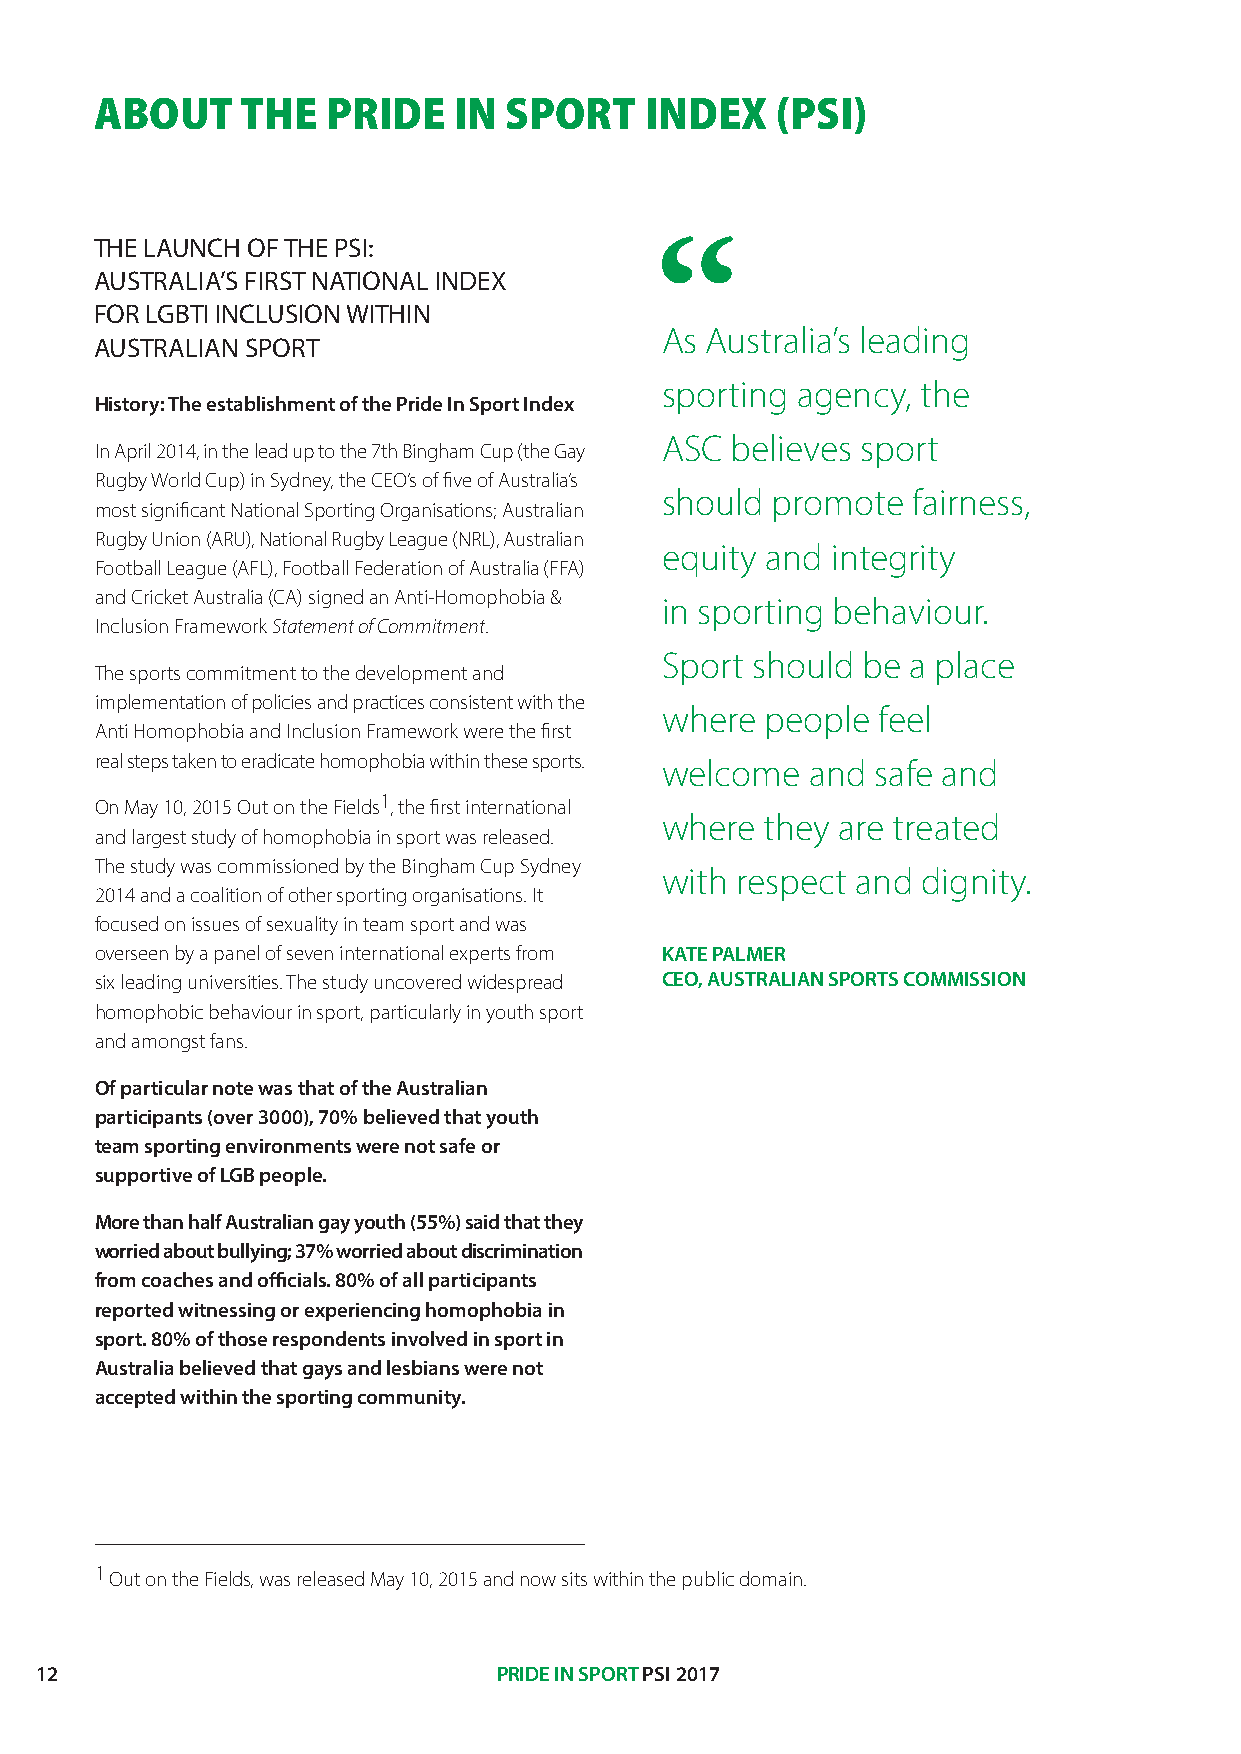
ABOUT     THE   PRIDE   IN SPORT     INDEX   (PSI)
 THE LAUNCH OF THE PSI:
 AUSTRALIA’S FIRST NATIONAL INDEX
 FOR LGBTI INCLUSION WITHIN
 As Australia’s leading
 AUSTRALIAN SPORT
 sporting agency, the
 History: The establishment of the Pride In Sport Index
 ASC believes sport
 In April 2014, in the lead up to the 7th Bingham Cup (the Gay
 Rugby World Cup) in Sydney, the CEO’s of five of Australia’s
 should promote  fairness,
 most significant National Sporting Organisations; Australian
 Rugby Union (ARU), National Rugby League (NRL), Australian
 equity and integrity
 Football League (AFL), Football Federation of Australia (FFA)
 and Cricket Australia (CA) signed an Anti-Homophobia &
 in sporting behaviour.
 Inclusion Framework Statement of Commitment.
 Sport should be a place
 The sports commitment to the development and
 implementation of policies and practices consistent with the
 where  people feel
 Anti Homophobia and Inclusion Framework were the first
 real steps taken to eradicate homophobia within these sports. welcome and safe and
 On May 10, 2015 Out on the Fields1, the first international
 where  they are treated
 and largest study of homophobia in sport was released.
 The study was commissioned by the Bingham Cup Sydney
 with respect and dignity.
 2014 and a coalition of other sporting organisations. It
 focused on issues of sexuality in team sport and was
 overseen by a panel of seven international experts from KATE PALMER
 six leading universities. The study uncovered widespread CEO, AUSTRALIAN SPORTS COMMISSION
 homophobic behaviour in sport, particularly in youth sport
 and amongst fans.
 Of particular note was that of the Australian
 participants (over 3000), 70% believed that youth
 team sporting environments were not safe or
 supportive of LGB people.
 More than half Australian gay youth (55%) said that they
 worried about bullying; 37% worried about discrimination
 from coaches and officials. 80% of all participants
 reported witnessing or experiencing homophobia in
 sport. 80% of those respondents involved in sport in
 Australia believed that gays and lesbians were not
 accepted within the sporting community.
 1 Out on the Fields, was released May 10, 2015 and now sits within the public domain.
 12                             PRIDE IN SPORT PSI 2017